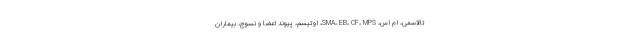
تالاسمی، ام اس، SMA، EB، CF، MPS، اوتیسم، پیوند اعضا و نسوج، بیماران